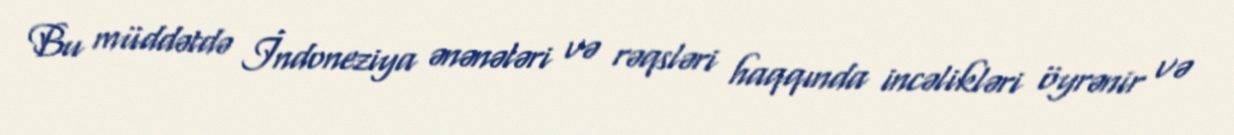
Bu müddətdə İndoneziya ənənələri və rəqsləri haqqında incəlikləri öyrənir və